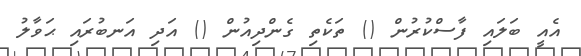
އެއީ ބަލައި ފާސްކުރުން () ތަކެތި ގެންދިއުން () އަދި އަނބުރައި ޙަވާލު